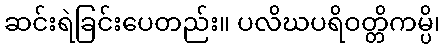
ဆင်းရဲခြင်းပေတည်း။ ပလိဃပရိဝတ္တိကမ္ပိ၊